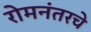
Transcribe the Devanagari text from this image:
रोमनंतरचे